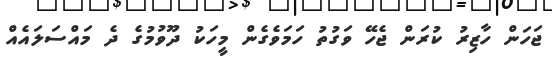
ޖަހަން ހާޒިރު ކުރަން ޖެހޭ ވަގުތު ހަމަވެގެން މީހަކު ދޫވުމުގެ ދެ މައްސަލައެއް